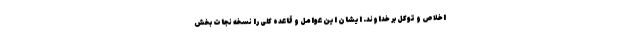
اخلاص و توکل بر خداوند. ایشان این عوامل و قاعده کلی را نسخه نجات بخش